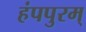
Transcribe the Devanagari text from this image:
हंपपुरम्